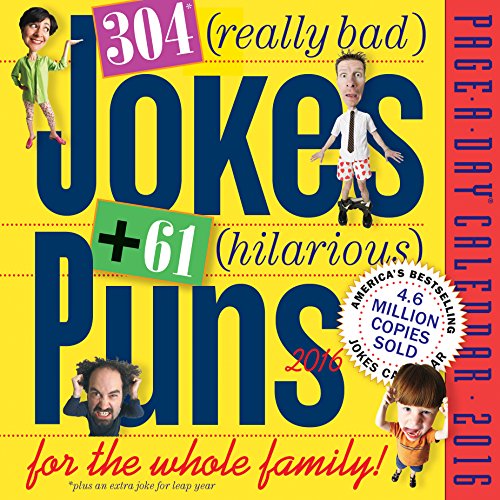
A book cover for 304 Really Bad Jokes + 61 Hilarious Puns Page-A-Day Calendar 2016; Workman Publishing; Calendars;